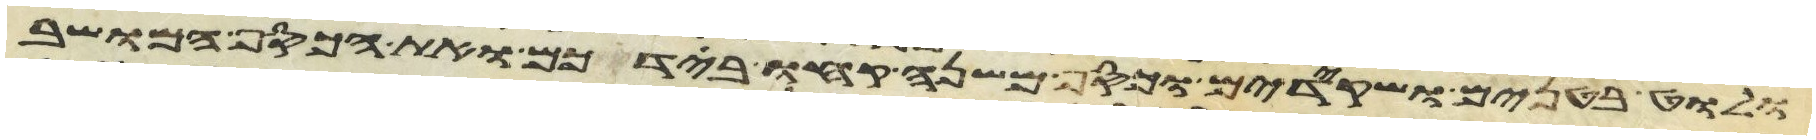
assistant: ולוט בטנים ושקידים וכסף משנה קחו בידכם ואת הכסף המושב